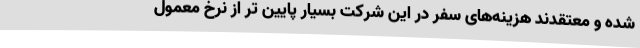
شده و معتقدند هزینه‌های سفر در این شرکت بسیار پایین تر از نرخ معمول